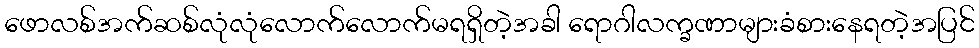
ဖောလစ်အက်ဆစ်လုံလုံလောက်လောက်မရရှိတဲ့အခါ ရောဂါလက္ခဏာများခံစားနေရတဲ့အပြင်